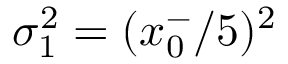
\sigma _ { 1 } ^ { 2 } = ( x _ { 0 } ^ { - } / 5 ) ^ { 2 }